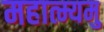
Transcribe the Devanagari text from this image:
महात्म्यमु